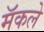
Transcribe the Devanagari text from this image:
मॅकले